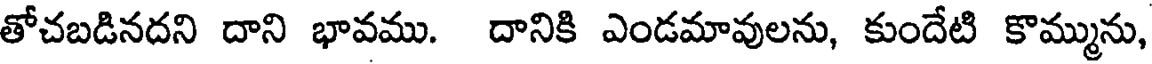
తోచబడినదని దాని భావము. దానికి ఎండమావులను, కుందేటి కొమ్మును,